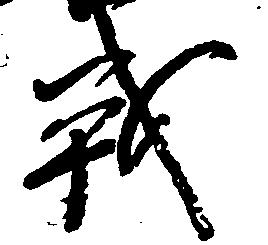
戦